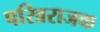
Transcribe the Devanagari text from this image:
परिव्रराजक